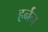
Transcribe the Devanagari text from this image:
हर्नन